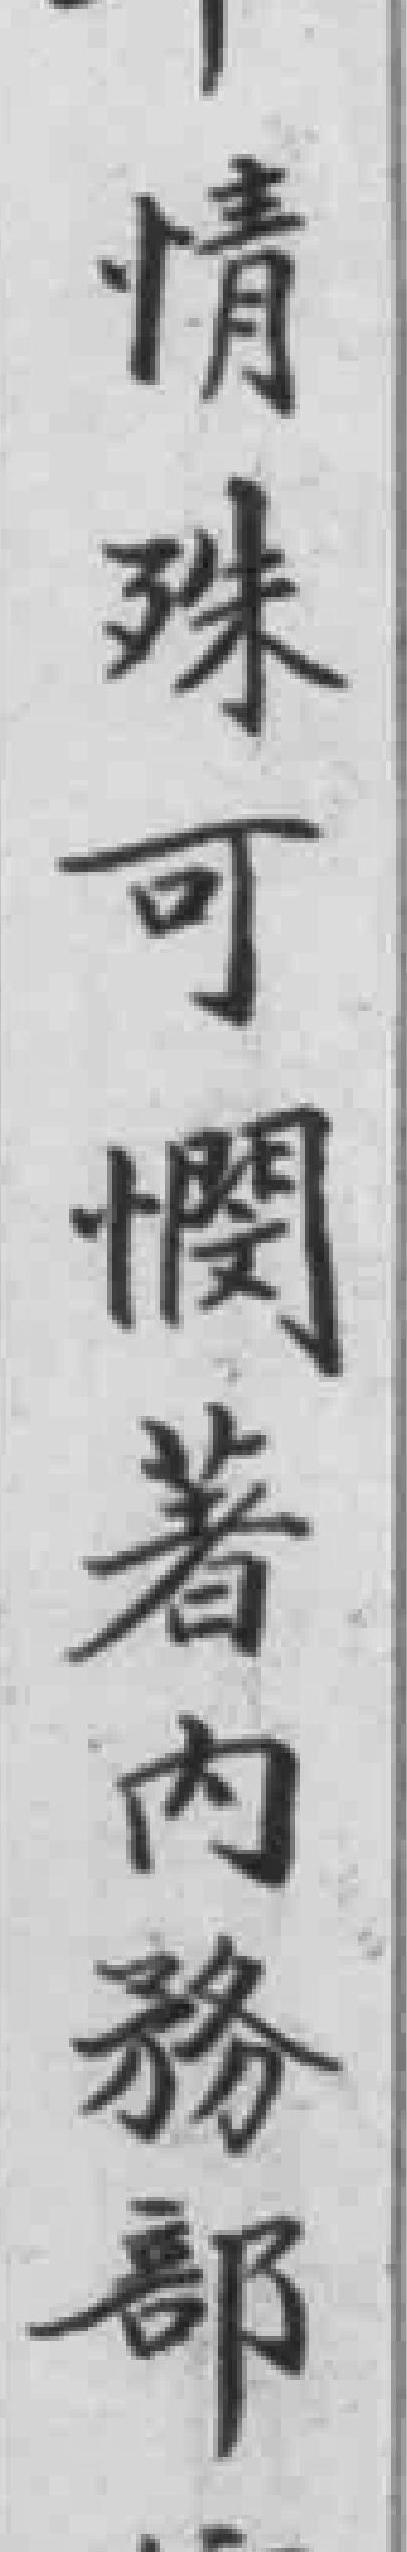
情殊可憫著内務部